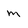
Character: m